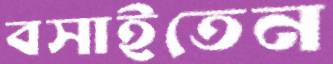
বসাইতেন